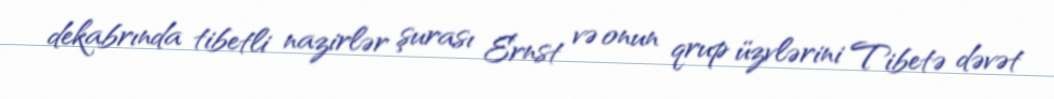
dekabrında tibetli nazirlər şurası Ernst və onun qrup üzvlərini Tibetə dəvət